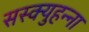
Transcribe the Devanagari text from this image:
सस्क्युहन्ना